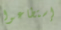
إستطاعوا